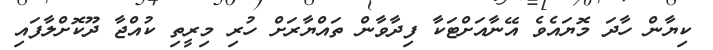
ކިޔާން ހާދަ މޮޔައެވެ އޭނާއަށްޓަކާ ފިދާވާން ތައްޔާރަށް ހުރި މިރީތި ކުއްޖާ ދޫކޮށްލާފައި